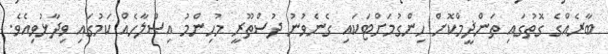
ބާރެއްގެ ގޮތުގައި ތަންޛީމްކޮށް ހިންގުމަށްޓަކައި ގެނެވުނު ދުސްތޫރީ މުހިންމު އިޞްލާހެއް ކަމުގައި ވިދާޅުވިއެވެ.